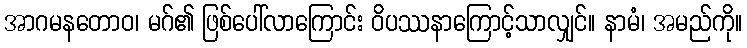
အာဂမနတောဝ၊ မဂ်၏ ဖြစ်ပေါ်လာကြောင်း ဝိပဿနာကြောင့်သာလျှင်။ နာမံ၊ အမည်ကို။